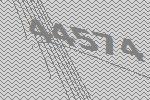
44574